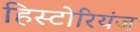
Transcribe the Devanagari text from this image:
हिस्टोरियंज